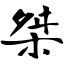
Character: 桀